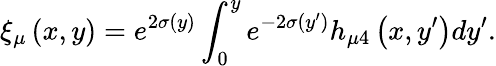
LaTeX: \xi_{\mu}\left(x,y\right)=e^{2\sigma(y)}\int_{0}^{y}e^{-2\sigma(y^{\prime})}h_{\mu 4}\left(x,y^{\prime}\right)dy^{\prime}.